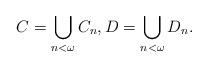
LaTeX: \begin{align*} C=\bigcup_{n<\omega} C_n,D=\bigcup_{n<\omega}D_n.\end{align*}